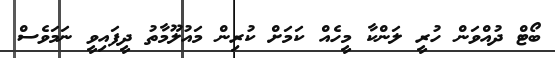
ބޯޓް ދުއްވަން ހުރީ ލަންކާ މީހެއް ކަމަށް ކުރިން މައުލޫމާތު ދީފައިވީ ނަމަވެސް